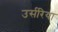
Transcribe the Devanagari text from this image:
उर्सरिया